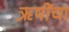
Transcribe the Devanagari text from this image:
ऋ़षींचा